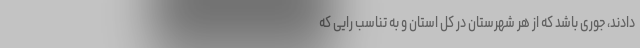
‌دادند، جوری باشد که از هر شهرستان در کل استان و به تناسب رایی که